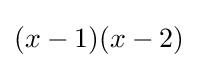
(x-1)(x-2)